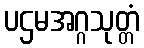
ပဌမအဂ္ဂသုတ္တံ